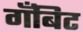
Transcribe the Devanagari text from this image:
गँबिट